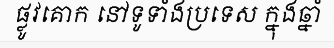
ផ្លូវគោក នៅទូទាំងប្រទេស ក្នុងឆ្នាំ